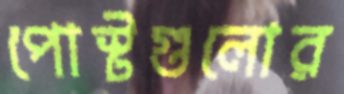
পোস্টগুলোর